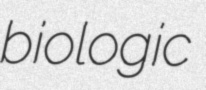
biologic